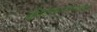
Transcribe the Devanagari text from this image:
कीटकाभोवतीचे